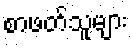
စာဖတ်သူများ